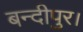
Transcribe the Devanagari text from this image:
बन्दीपुर।